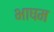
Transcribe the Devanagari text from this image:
भाषम